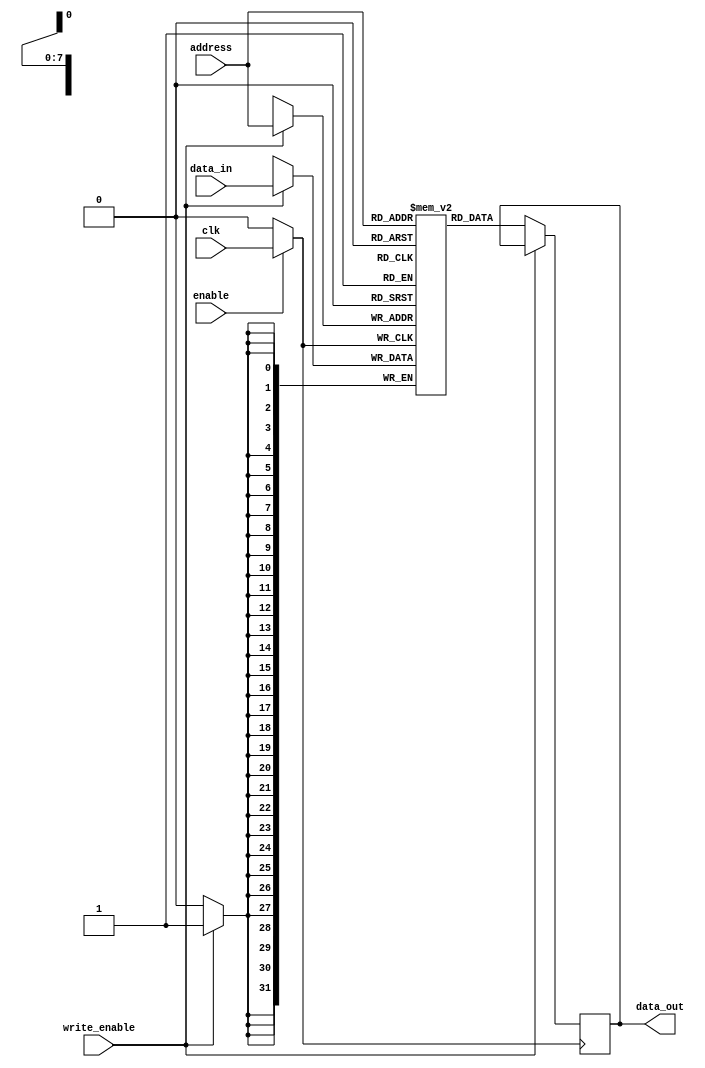
module MemoryBlock (
    input wire clk,                // Original clock signal
    input wire enable,             // Enable signal for clock gating
    input wire [7:0] address,      // Address input for memory access
    input wire [31:0] data_in,     // Data input for write operations
    input wire write_enable,        // Write enable signal
    output reg [31:0] data_out      // Data output for read operations
);

    // Memory array declaration (e.g., 256 x 32 bits)
    reg [31:0] memory_array [0:255];

    // Gated clock signal
    wire gated_clk;

    // Clock gating logic
    assign gated_clk = enable ? clk : 1'b0;

    // Read/Write logic
    always @(posedge gated_clk) begin
        if (write_enable) begin
            // Write operation
            memory_array[address] <= data_in;
        end else begin
            // Read operation
            data_out <= memory_array[address];
        end
    end

endmodule